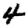
Digit: 4